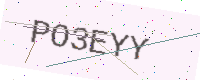
Text: PO3EYY